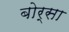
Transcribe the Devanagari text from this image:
बोर्सा